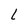
Character: L